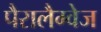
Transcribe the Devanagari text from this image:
पैरालैग्वेज